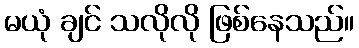
မယုံ ချင် သလိုလို ဖြစ်နေသည်။